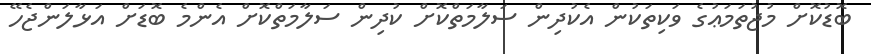
ބޮޑުކޮށް މުޖުތަމަޢުގެ ވަކިތަކުން އެކުދިން ސަލާމަތްކޮށް ކުދިން ސަލާމަތްކޮށް އެންމެ ބޮޑަށް އަޅާލަންޖެހޭ